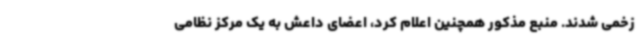
زخمی شدند. منبع مذکور همچنین اعلام کرد، اعضای داعش به یک مرکز نظامی